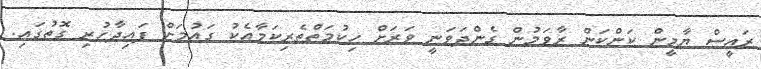
ރައީސް ޔާމީން ކަންކަން ރާވަމުން ގެންދަވަނީ ވަރަށް ހިކުމަތްތެރިކަމާއެކު ގައުމަށް ފައިދާހުރި ގޮތުގައި.